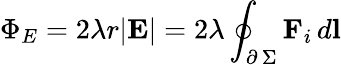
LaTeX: \Phi_{E}=2\lambda r|\textbf{E}|=2\lambda\oint_{\scriptstyle\partial\, \Sigma}\textbf{F}_{i}\, d\textbf{l}